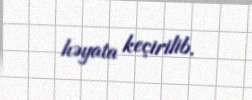
həyata keçirilib.